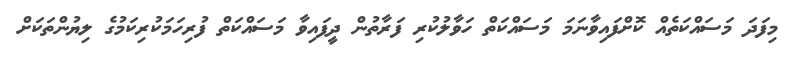
މިފަދަ މަސައްކަތެއް ކޮށްފައިވާނަމަ މަސައްކަތް ހަވާލުކުރި ފަރާތުން ދީފައިވާ މަސައްކަތް ފުރިހަމަކުރިކަމުގެ ލިޔުންތަކަށް